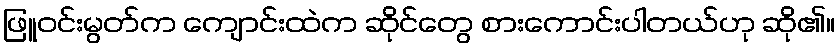
ဖြူဝင်းမွတ်က ကျောင်းထဲက ဆိုင်တွေ စားကောင်းပါတယ်ဟု ဆို၏။